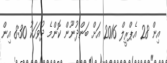
އިން 28 އެޕްރީލް 2016 އަށް ބަންދުނޫން ކޮންމެ ދުވަހަކު 8:30 އިން